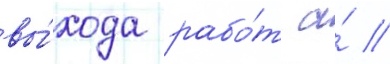
вы́хода рабо́т а́ //